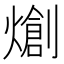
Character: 𤏬